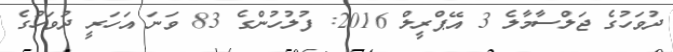
ދުވަހުގެ ޖަލްސާމާލެ 3 އޭޕްރީލް 2016: ފުލުހުންގެ 83 ވަނަ އަހަރީ ދުވަހުގެ